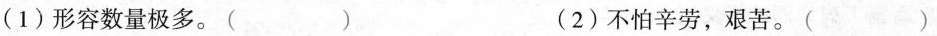
(1)形容数量极多。() (2)不怕辛劳，艰苦。()